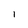
Character: 1